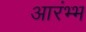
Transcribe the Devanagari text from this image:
आरंभ्भ